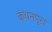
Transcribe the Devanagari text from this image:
कंचनपुरा